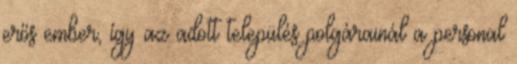
erős ember, így az adott település polgárainál a personal